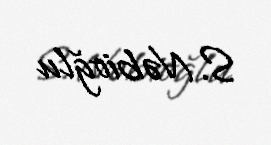
S. Nəbioğlu